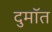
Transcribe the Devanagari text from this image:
दुमॉत